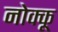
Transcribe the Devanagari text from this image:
नोक्कू